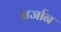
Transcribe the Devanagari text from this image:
अर्जान